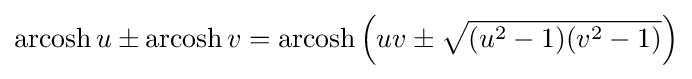
\operatorname {arcosh} u\pm \operatorname {arcosh} v=\operatorname {arcosh} \left(uv\pm {\sqrt {(u^{2}-1)(v^{2}-1)}}\right)